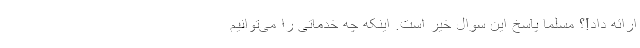
ارائه داد!؟ مسلما پاسخ این سوال خیر است. اینکه چه خدماتی را می‌توانیم